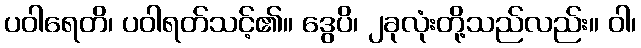
ပဝါရေတိ၊ ပဝါရတ်သင့်၏။ ဒွေပိ၊ ၂ခုလုံးတို့သည်လည်း။ ဝါ၊